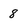
Character: 8